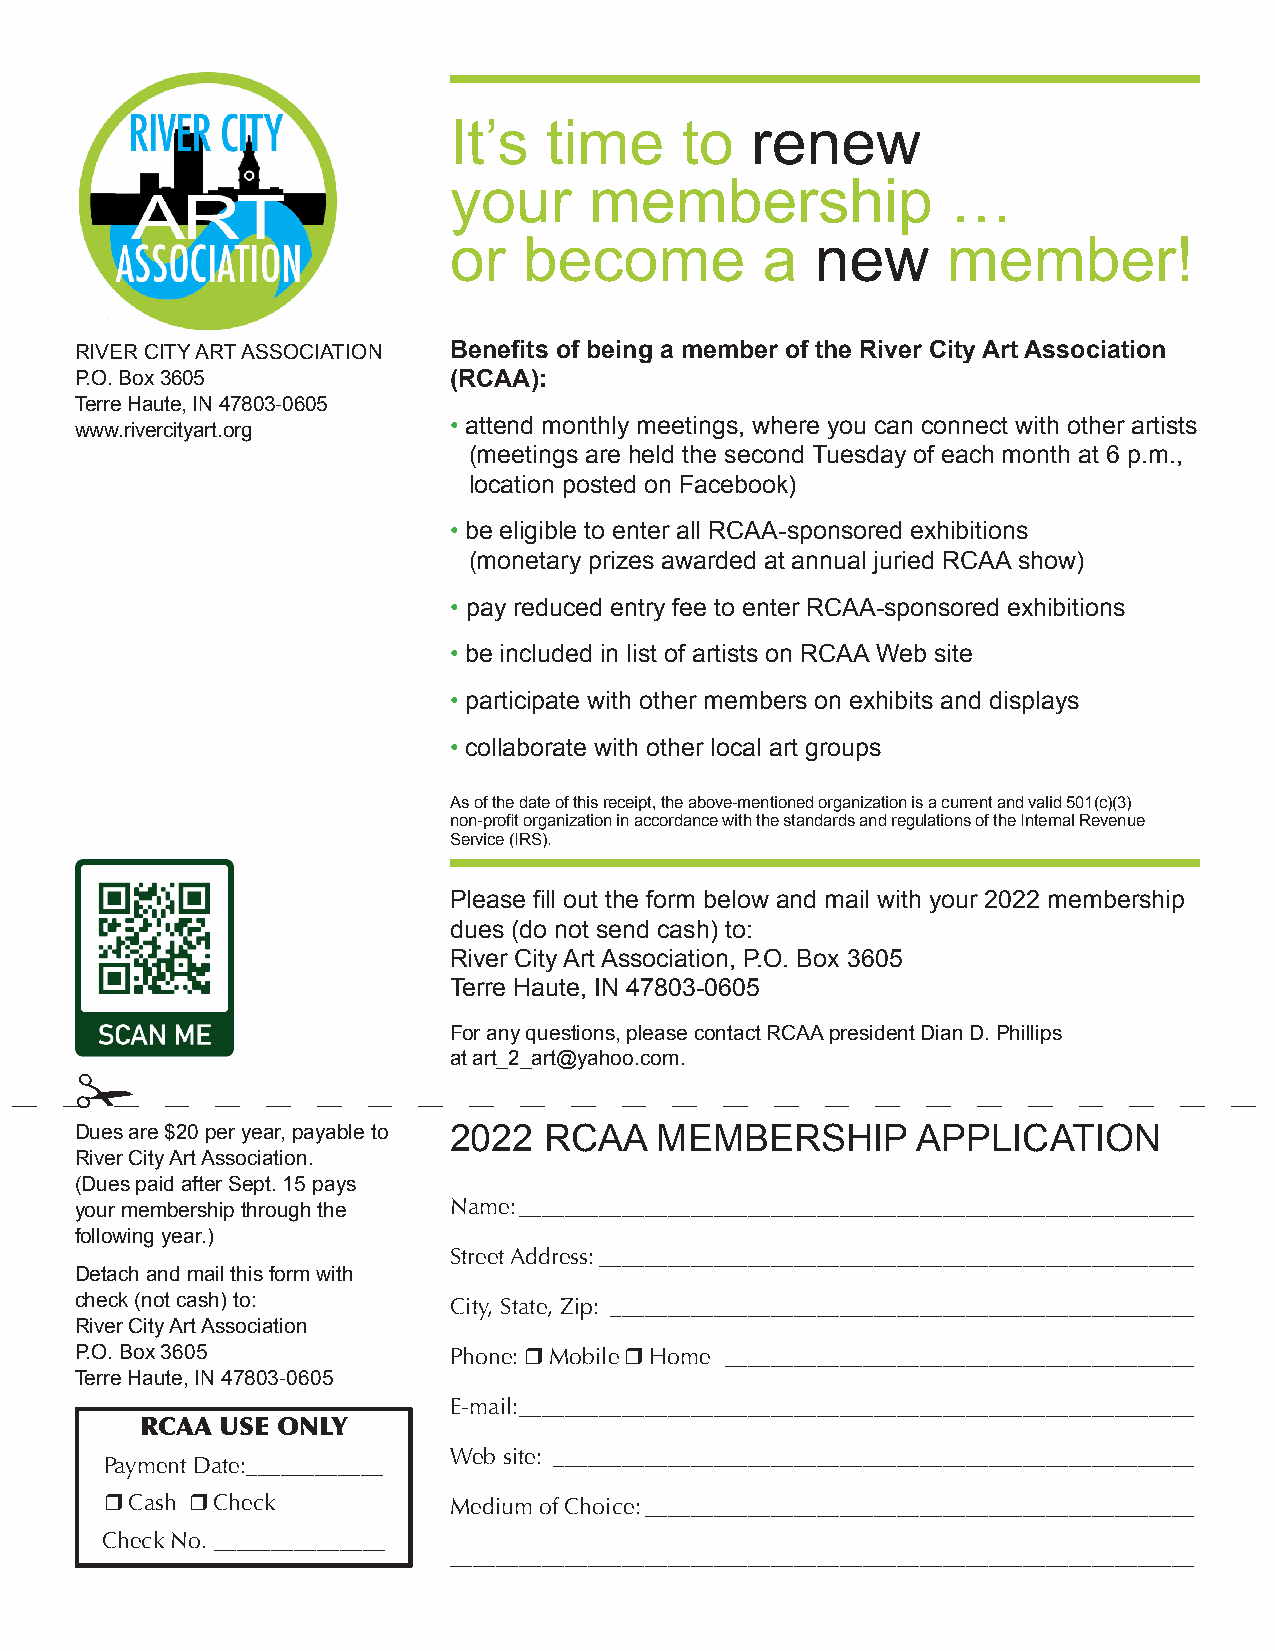
It’s  time     to   renew
 your     membership              …
 or   become         a   new      member!
 RIVER CITY ART ASSOCIATION Benefits of being a member of the River City Art Association
 P.O. Box 3605            (RCAA):
 Terre Haute, IN 47803-0605
 www.rivercityart.org     • attend monthly meetings, where you can connect with other artists
 (meetings are held the second Tuesday of each month at 6 p.m.,
 location posted on Facebook)
 • be eligible to enter all RCAA-sponsored exhibitions
 (monetary prizes awarded at annual juried RCAA show)
 • pay reduced entry fee to enter RCAA-sponsored exhibitions
 • be included in list of artists on RCAA Web site
 • participate with other members on exhibits and displays
 • collaborate with other local art groups
 As of the date of this receipt, the above-mentioned organization is a current and valid 501(c)(3)
 non-profit organization in accordance with the standards and regulations of the Internal Revenue
 Service (IRS).
 Please fill out the form below and mail with your 2022 membership
 dues (do not send cash) to:
 River City Art Association, P.O. Box 3605
 Terre Haute, IN 47803-0605
 For any questions, please contact RCAA president Dian D. Phillips
 at art_2_art@yahoo.com.
 !
 Dues are $20 per year, payable to 2022 RCAA MEMBERSHIP  APPLICATION
 River City Art Association.
 (Dues paid after Sept. 15 pays
 your membership through the Name: ___________________________________________________________
 following year.)
 Street Address: ____________________________________________________
 Detach and mail this form with
 check (not cash) to:     City, State, Zip: ___________________________________________________
 River City Art Association
 P.O. Box 3605            Phone: r Mobile r Home _________________________________________
 Terre Haute, IN 47803-0605
 E-mail: ___________________________________________________________
 RCAA  USE ONLY
 Web site: ________________________________________________________
 Payment Date:____________
 r Cash r Check         Medium of Choice: ________________________________________________
 Check No. _______________
 _________________________________________________________________